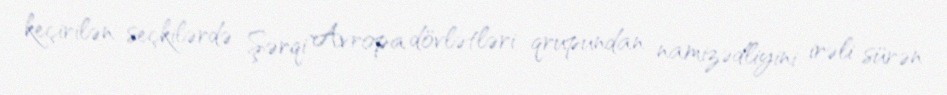
keçirilən seçkilərdə Şərqi Avropa dövlətləri qrupundan namizədliyini irəli sürən